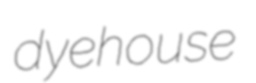
dyehouse